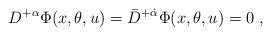
\begin{align*}D^{+\alpha}\Phi(x,\theta,u) = \bar D^{+\dot\alpha}\Phi(x,\theta,u) = 0\; ,\end{align*}